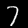
Digit: 7